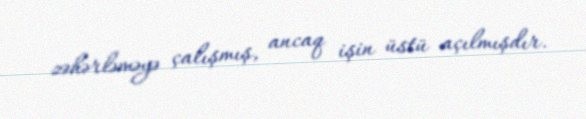
zəhərləməyə çalışmış, ancaq işin üstü açılmışdır.